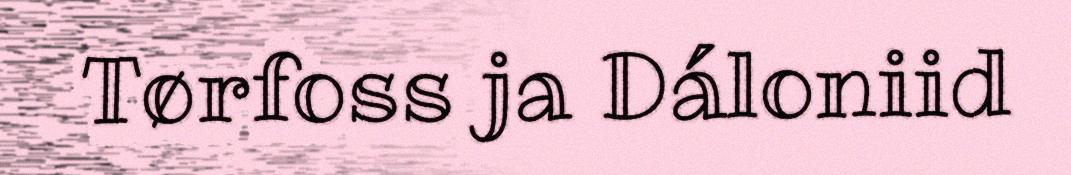
Tørfoss ja Dáloniid